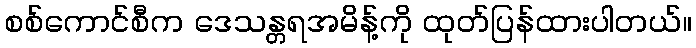
စစ်ကောင်စီက ဒေသန္တရအမိန့်ကို ထုတ်ပြန်ထားပါတယ်။